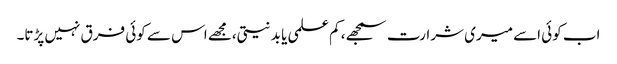
اب کوئی اسے میری شرارت سمجھے، کم علمی یا بد نیتی،مجھے اس سے کوئی فرق نہیں پڑتا۔